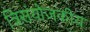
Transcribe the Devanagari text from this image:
त्रिसंयोजकीय